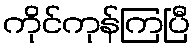
ကိုင်ကုန်ကြပြီ